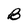
Character: B